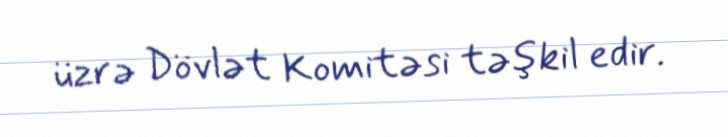
üzrə Dövlət Komitəsi təşkil edir.